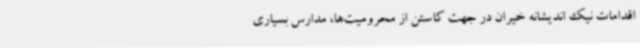
اقدامات نیک اندیشانه خیران در جهت کاستن از محرومیت‌ها، مدارس بسیاری